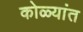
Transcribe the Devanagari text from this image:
कोळ्यांत